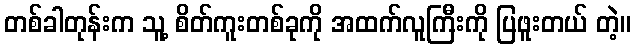
တစ်ခါတုန်းက သူ့ စိတ်ကူးတစ်ခုကို အထက်လူကြီးကို ပြဖူးတယ် တဲ့။